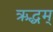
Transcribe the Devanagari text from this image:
ऋद्धम्